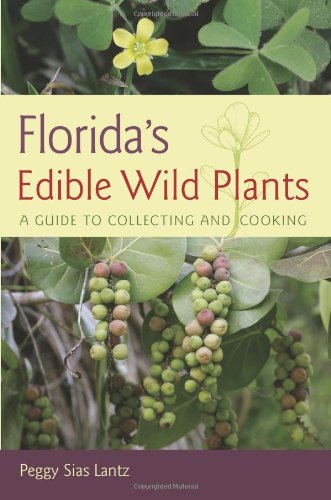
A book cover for Florida's Edible Wild Plants: A Guide to Collecting and Cooking; Peggy Sias Lantz; Science & Math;